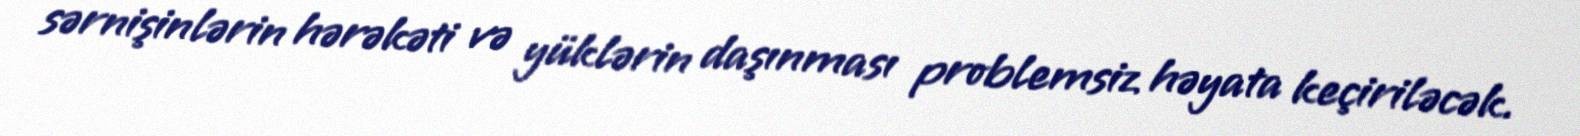
sərnişinlərin hərəkəti və yüklərin daşınması problemsiz həyata keçiriləcək.